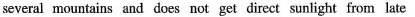
several mountains and does not get direct sunlight from late